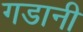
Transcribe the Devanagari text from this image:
गडानी